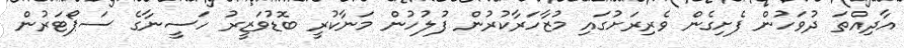
އާދިއްތަ ދުވަހުން ފެށިގެން ވެރިރަށުގައި މުޒާހަރާކުރުން ފުލުހުން މަނާކުރީ ބޮޑުވަޒީރު ހަސީނާގެ ސަޕޯޓަރުން